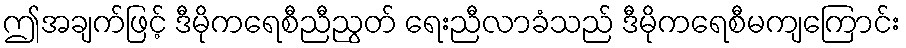
ဤအချက်ဖြင့် ဒီမိုကရေစီညီညွတ် ရေးညီလာခံသည် ဒီမိုကရေစီမကျကြောင်း